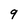
Character: 9